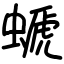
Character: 螔